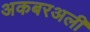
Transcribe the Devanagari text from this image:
अकबरअली